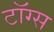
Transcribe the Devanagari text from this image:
टॉग्स